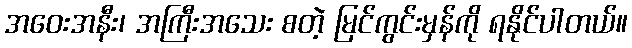
အဝေးအနီး၊ အကြီးအသေး စတဲ့ မြင်ကွင်းမှန်ကို ရနိုင်ပါတယ်။